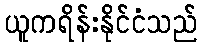
ယူကရိန်းနိုင်ငံသည်